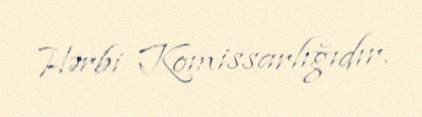
Hərbi Komissarlığıdır.